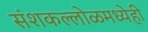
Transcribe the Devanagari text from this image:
संशकल्लोळमध्येही